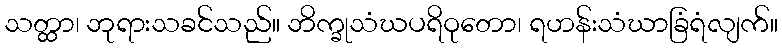
သတ္ထာ၊ ဘုရားသခင်သည်။ ဘိက္ခုသံဃပရိဝုတော၊ ရဟန်းသံဃာခြံရံလျက်။